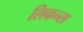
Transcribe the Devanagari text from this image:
लिकन्स